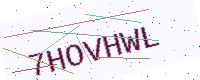
Text: 7HOVHWL